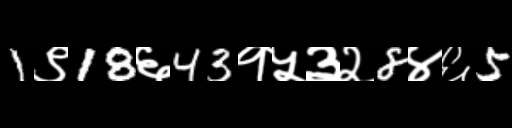
Text: 1९18६43१५३२8४६5